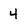
Character: 4